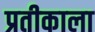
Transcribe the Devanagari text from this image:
प्रतीकाला